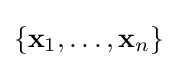
\{\mathbf {x} _{1},\dotsc ,\mathbf {x} _{n}\}